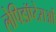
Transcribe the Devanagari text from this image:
लेपिडॉप्टेराओं